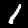
Digit: 1